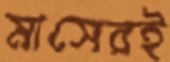
মাসেরই